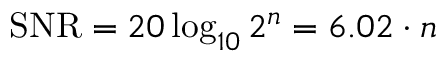
\mathrm { S N R } = 2 0 \log _ { 1 0 } 2 ^ { n } = 6 . 0 2 \cdot n